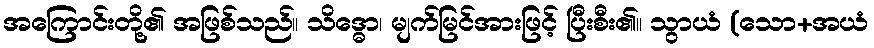
အကြောင်းတို့၏ အဖြစ်သည်။ သိဒ္ဓော၊ မျက်မြင်အားဖြင့် ပြီးစီး၏။ သွာယံ (သော+အယံ